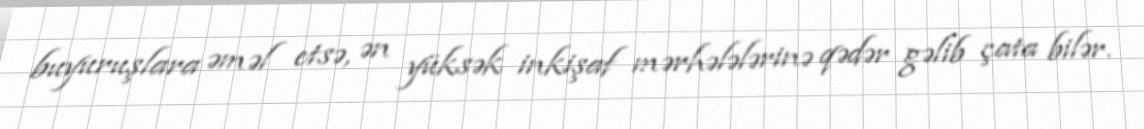
buyuruşlara əməl etsə, ən yüksək inkişaf mərhələlərinə qədər gəlib çata bilər.